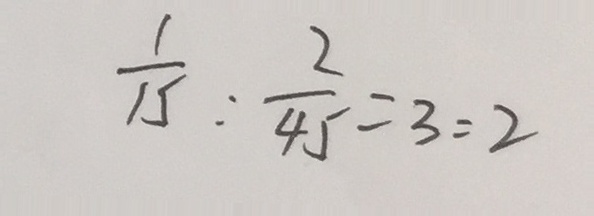
\frac { 1 } { 1 5 } : \frac { 2 } { 4 5 } = 3 : 2